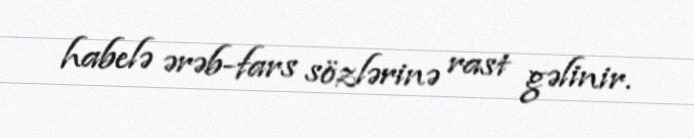
habelə ərəb-fars sözlərinə rast gəlinir.